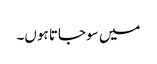
میں سو جاتا ہوں۔